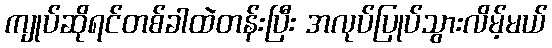
ကျုပ်ဆိုရင်တစ်ခါထဲတန်းပြီး အလုပ်ပြုပ်သွားလိမ့်မယ်